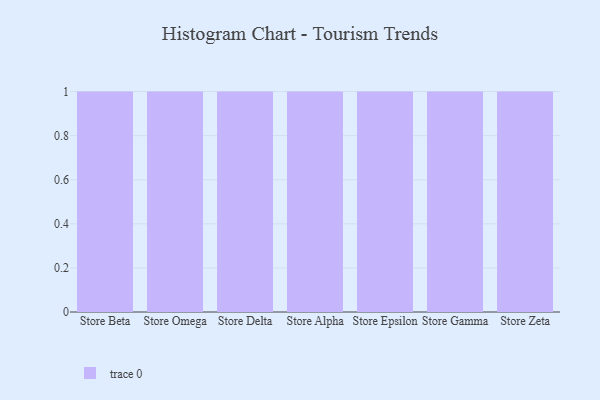
{"axis": {"x": "Store", "y": "Net Income (USD K)"}, "legend": [""], "data": [{"x": "Store Beta", "y": 57, "type": ""}, {"x": "Store Omega", "y": 15, "type": ""}, {"x": "Store Delta", "y": 4, "type": ""}, {"x": "Store Alpha", "y": 35, "type": ""}, {"x": "Store Epsilon", "y": 64, "type": ""}, {"x": "Store Gamma", "y": 49, "type": ""}, {"x": "Store Zeta", "y": 84, "type": ""}]}